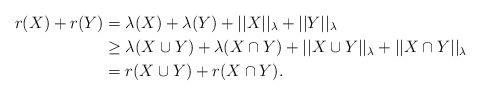
LaTeX: \begin{align*}r(X)+r(Y)&=\lambda(X)+\lambda(Y)+||X||_\lambda+||Y||_\lambda\\&\geq \lambda(X\cup Y)+\lambda(X\cap Y)+||X\cup Y||_\lambda+||X\cap Y||_\lambda\\&=r(X\cup Y)+r(X\cap Y).\end{align*}